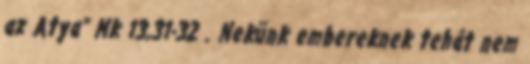
az Atya” Mk 13,31-32 . Nekünk embereknek tehát nem